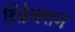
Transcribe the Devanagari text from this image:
डिफ्रेक्शन